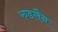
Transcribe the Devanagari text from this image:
रुडलैन